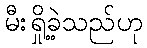
မီးရှို့ခဲ့သည်ဟု